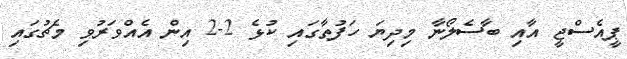
ޕީއެސްޖީ އާއި ބާސެލޯނާ މިދިޔަ ހަފުތާގައި ކުޅެ 2-2 އިން އެއްވަރުވި މެޗުގައި